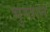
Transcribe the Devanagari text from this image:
भुग्तान